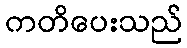
ကတိပေးသည်